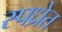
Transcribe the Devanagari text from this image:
स्पध्रेत